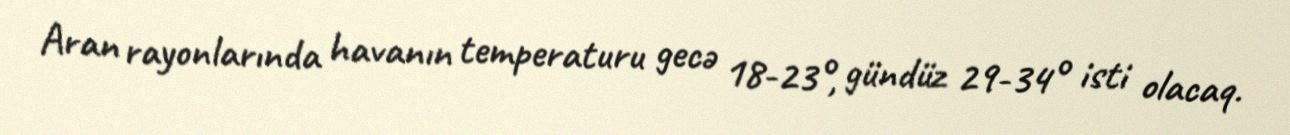
Aran rayonlarında havanın temperaturu gecə 18-23°, gündüz 29-34° isti olacaq.